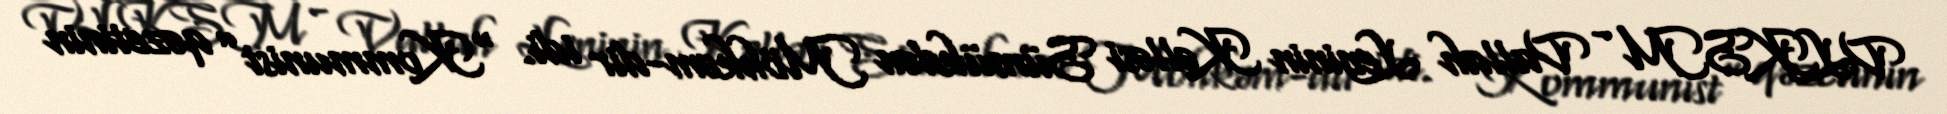
VLKSM - Vallah Leninin Kəlləsi Sümükdən Möhkəm-dir idi. “Kommunist” qəzetinin